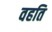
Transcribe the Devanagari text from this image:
वहति